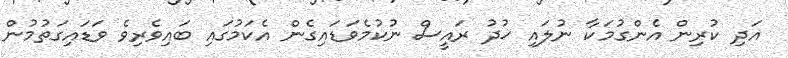
އަދި ކުރިން އެންގުމަކާ ނުލައި ޚުދު ރައީސް ނުކުމެވަޑައިގެން އެކަމުގައި ބައިވެރިވެ ވަޑައިގަތުމުން